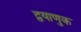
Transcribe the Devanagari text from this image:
द्वयाणुक